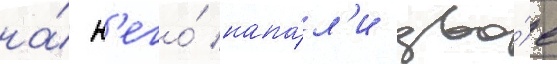
на́ н'его́ напа́л'и дво́е